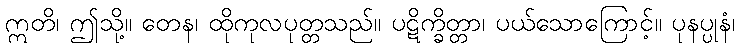
ဣတိ၊ ဤသို့။ တေန၊ ထိုကုလပုတ္တသည်။ ပဋိက္ခိတ္တာ၊ ပယ်သောကြောင့်။ ပုနပ္ပုနံ၊